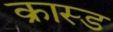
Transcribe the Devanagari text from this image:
क्रास्ड